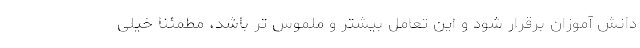
دانش آموزان برقرار شود و این تعامل بیشتر و ملموس تر باشد، مطمئنا خیلی